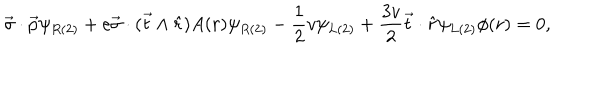
\vec { \sigma } \cdot \vec { p } \psi _ { R ( 2 ) } + e \vec { \sigma } \cdot ( \vec { t } \wedge \hat { r } ) A ( r ) \psi _ { R ( 2 ) } - \frac { 1 } { 2 } v \psi _ { L ( 2 ) } + \frac { 3 v } { 2 } \vec { t } \cdot \hat { r } \psi _ { L ( 2 ) } \phi ( r ) = 0 ,